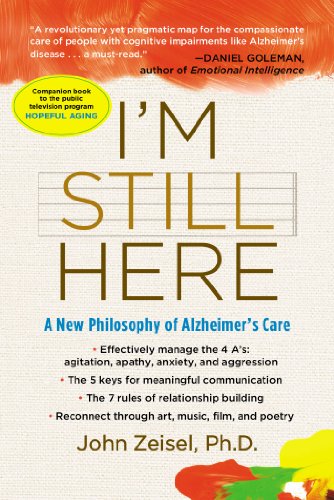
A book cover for I'm Still Here: A New Philosophy of Alzheimer's Care; John Zeisel; Parenting & Relationships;